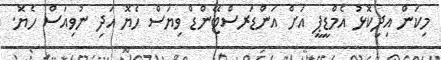
މިކަން އިދިކޮޅު އެމްޑީޕީ އަށް އަންޑަރސްޓޭންޑް ވިޔަސް ހެޔޮ އަދި ނުވިއަސް ހެޔޮ.